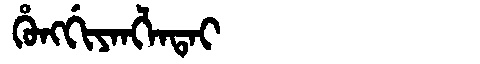
Manchu: ᡥᡠᠩᡤᡳᠶᠠᠩᠯᠠᡨᠠᡳ
Romanization: HUNGGIYANGLATAI